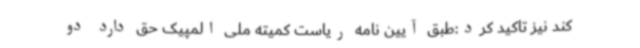
کند نیز تاکید کرد:طبق آیین نامه ریاست کمیته ملی المپیک حق دارد دو